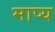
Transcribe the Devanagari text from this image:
माप्य